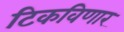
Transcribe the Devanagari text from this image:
टिकविणार